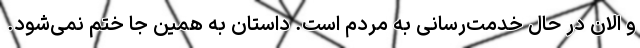
و الان در حال خدمت‌رسانی به مردم است. داستان به همین جا ختم نمی‌شود.